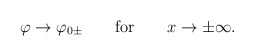
\begin{align*}\varphi\rightarrow \varphi_{0\pm}\quad\quad \mbox{\rm for}\quad\quad x\rightarrow\pm\infty.\end{align*}